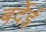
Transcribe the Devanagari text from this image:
बर्देई